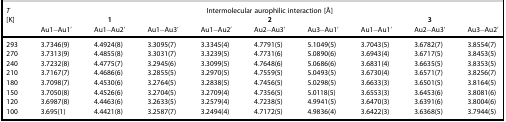
<table><thead><tr><td><b><i>T</i></b></td><td colspan="9"><b>Intermolecular aurophilic interaction [Å]</b></td></tr><tr><td><b>[K]</b></td><td></td><td><b>1</b></td><td></td><td></td><td><b>2</b></td><td></td><td></td><td><b>3</b></td><td></td></tr><tr><td></td><td><b>Au1–Au1′</b></td><td><b>Au1–Au2′</b></td><td><b>Au1–Au3′</b></td><td><b>Au1–Au2′</b></td><td><b>Au2–Au3′</b></td><td><b>Au3–Au1′</b></td><td><b>Au1–Au1′</b></td><td><b>Au2–Au3′</b></td><td><b>Au3–Au2′</b></td></tr></thead><tbody><tr><td>293</td><td>3.7346(9)</td><td>4.4924(8)</td><td>3.3095(7)</td><td>3.3345(4)</td><td>4.7791(5)</td><td>5.1049(5)</td><td>3.7043(5)</td><td>3.6782(7)</td><td>3.8554(7)</td></tr><tr><td>270</td><td>3.7313(9)</td><td>4.4855(8)</td><td>3.3031(7)</td><td>3.3239(5)</td><td>4.7731(6)</td><td>5.0890(6)</td><td>3.6943(4)</td><td>3.6717(5)</td><td>3.8453(5)</td></tr><tr><td>240</td><td>3.7232(8)</td><td>4.4775(7)</td><td>3.2945(6)</td><td>3.3099(5)</td><td>4.7648(6)</td><td>5.0686(6)</td><td>3.6831(4)</td><td>3.6635(5)</td><td>3.8353(5)</td></tr><tr><td>210</td><td>3.7167(7)</td><td>4.4686(6)</td><td>3.2855(5)</td><td>3.2970(5)</td><td>4.7559(5)</td><td>5.0493(5)</td><td>3.6730(4)</td><td>3.6571(7)</td><td>3.8256(7)</td></tr><tr><td>180</td><td>3.7098(7)</td><td>4.4530(6)</td><td>3.2764(5)</td><td>3.2838(5)</td><td>4.7456(5)</td><td>5.0298(5)</td><td>3.6633(3)</td><td>3.6501(5)</td><td>3.8164(5)</td></tr><tr><td>150</td><td>3.7050(8)</td><td>4.4526(6)</td><td>3.2704(5)</td><td>3.2709(4)</td><td>4.7356(5)</td><td>5.0118(5)</td><td>3.6553(3)</td><td>3.6453(6)</td><td>3.8081(6)</td></tr><tr><td>120</td><td>3.6987(8)</td><td>4.4463(6)</td><td>3.2633(5)</td><td>3.2579(4)</td><td>4.7238(5)</td><td>4.9941(5)</td><td>3.6470(3)</td><td>3.6391(6)</td><td>3.8004(6)</td></tr><tr><td>100</td><td>3.695(1)</td><td>4.4421(8)</td><td>3.2587(7)</td><td>3.2494(4)</td><td>4.7172(5)</td><td>4.9836(4)</td><td>3.6422(3)</td><td>3.6368(5)</td><td>3.7944(5)</td></tr></tbody></table>